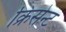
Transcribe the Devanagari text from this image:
क्रिसेन्‍ट